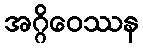
အဂ္ဂိဝေဿန